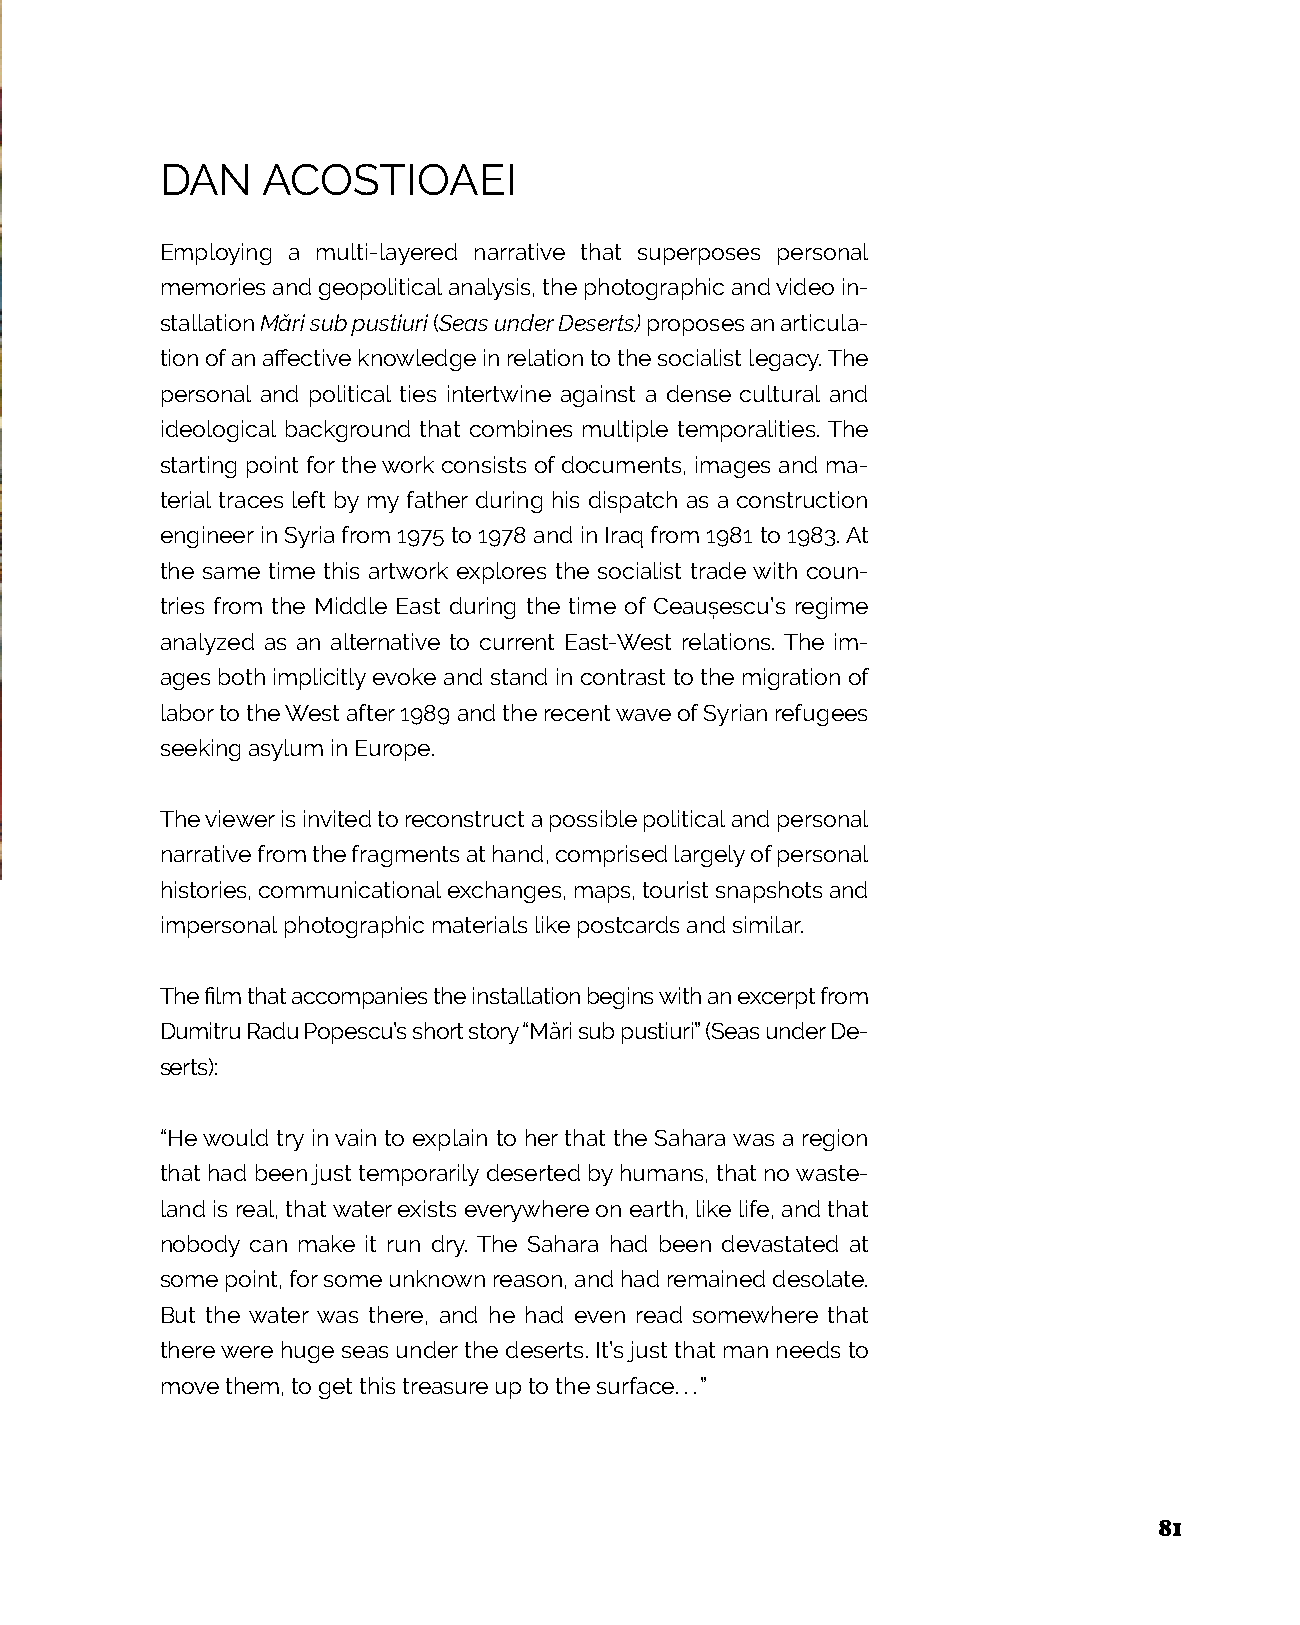
DAN   ACOSTIOAEI
 Employing a multi-layered narrative that superposes personal
 memories and geopolitical analysis, the photographic and video in-
 stallation Mări sub pustiuri (Seas under Deserts) proposes an articula-
 tion of an affective knowledge in relation to the socialist legacy. The
 personal and political ties intertwine against a dense cultural and
 ideological background that combines multiple temporalities. The
 starting point for the work consists of documents, images and ma-
 terial traces left by my father during his dispatch as a construction
 engineer in Syria from 1975 to 1978 and in Iraq from 1981 to 1983. At
 the same time this artwork explores the socialist trade with coun-
 tries from the Middle East during the time of Ceaușescu’s regime
 analyzed as an alternative to current East-West relations. The im-
 ages both implicitly evoke and stand in contrast to the migration of
 labor to the West after 1989 and the recent wave of Syrian refugees
 seeking asylum in Europe.
 The viewer is invited to reconstruct a possible political and personal
 narrative from the fragments at hand, comprised largely of personal
 histories, communicational exchanges, maps, tourist snapshots and
 impersonal photographic materials like postcards and similar.
 The film that accompanies the installation begins with an excerpt from
 Dumitru Radu Popescu’s short story “Mări sub pustiuri” (Seas under De-
 serts):
 “He would try in vain to explain to her that the Sahara was a region
 that had been just temporarily deserted by humans, that no waste-
 land is real, that water exists everywhere on earth, like life, and that
 nobody can make it run dry. The Sahara had been devastated at
 some point, for some unknown reason, and had remained desolate.
 But the water was there, and he had even read somewhere that
 there were huge seas under the deserts. It’s just that man needs to
 move them, to get this treasure up to the surface...”
 81